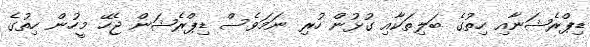
ޑިޕްރެޝަނާއި ހިތުގެ ބަލިތަކާއި ގުޅުން ހުރި ނަމަވެސް ޑިޕްރެޝަން ޖެހޭ މީހުން ހިތުގެ